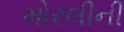
મોરલીની